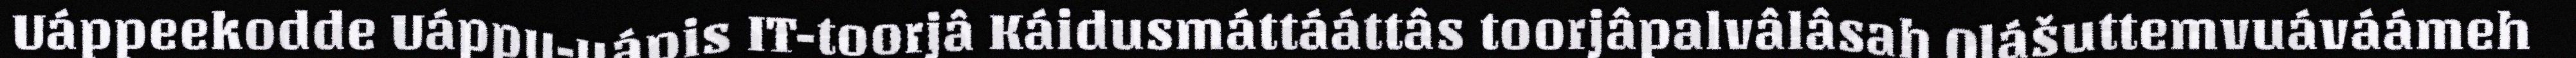
Uáppeekodde Uáppu-uápis IT-toorjâ Káidusmáttááttâs toorjâpalvâlâsah Olášuttemvuáváámeh